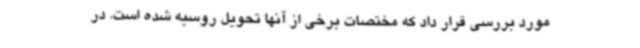
مورد بررسی قرار داد که مختصات برخی از آنها تحویل روسیه شده است. در